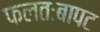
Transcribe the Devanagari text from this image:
फलतःबापट